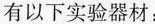
有以下实验器材：